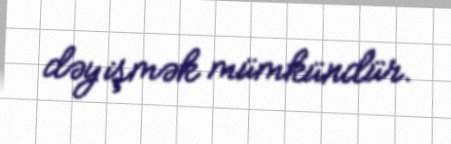
dəyişmək mümkündür.